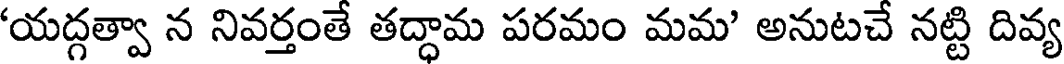
'యద్గత్వా న నివర్తంతే తద్ధామ పరమం మమ' అనుటచే నట్టి దివ్య